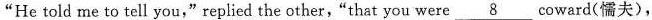
"He told me to tell you," replied the other,"that you were_8 coward(懦夫),